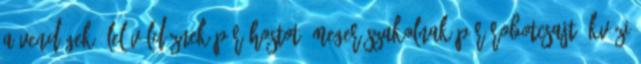
a vendégek, lelövöldöznek pár hostot, megerőszakolnak pár robotcsajt, kvázi